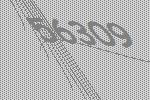
56309